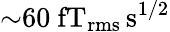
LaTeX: {\sim}60~\mathrm{fT_{rms}\, s^{1/2}}